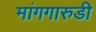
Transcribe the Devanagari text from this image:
मांगगारुडी